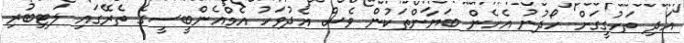
އަދި ތަހުގީގަށް ހޯދުނު އެހެން ބަޔާންތަކުން ވެސް އެދުވަހު އެމްއެންބީސީގެ ތެރޭގައި ލަޓިބުރި